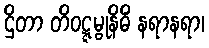
ဌိတာ တိဝဋ္ဋမ္ဗုနိဓိံ နရာနရာ၊